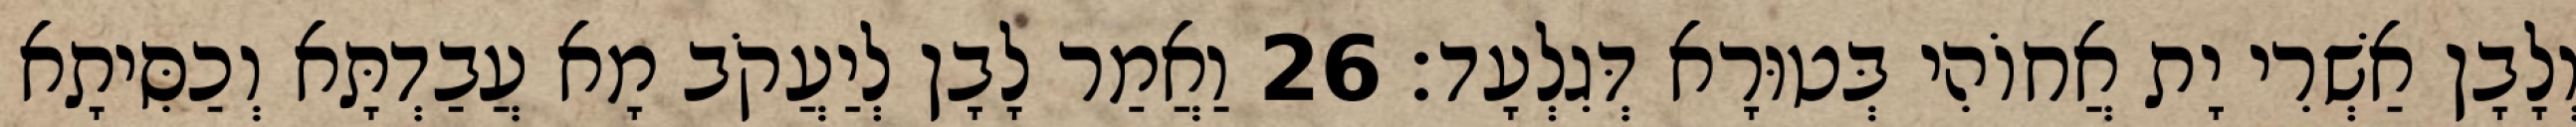
וְלָבָן אַשְׁרִי יָת אֲחוֹהִי בְּטוּרָא דְּגִלְעָד׃ 26 וַאֲמַר לָבָן לְיַעֲקֹב מָא עֲבַדְתָּא וְכַסִּיתָא